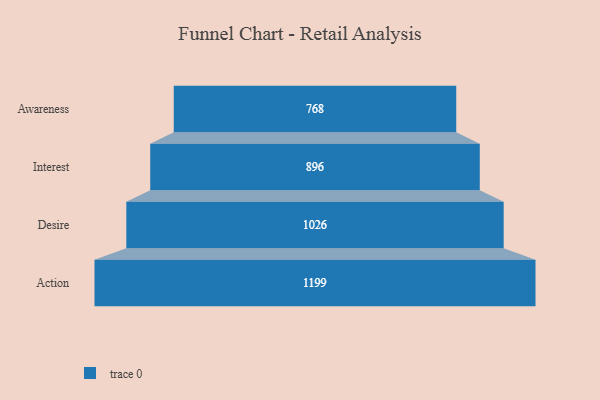
{"axis": {"x": "Stage", "y": "Value"}, "legend": [""], "data": [{"x": "Awareness", "y": 768.0, "type": ""}, {"x": "Interest", "y": 896.0, "type": ""}, {"x": "Desire", "y": 1026.0, "type": ""}, {"x": "Action", "y": 1199.0, "type": ""}]}